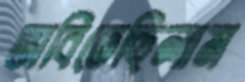
ভাবিতেছিলাম